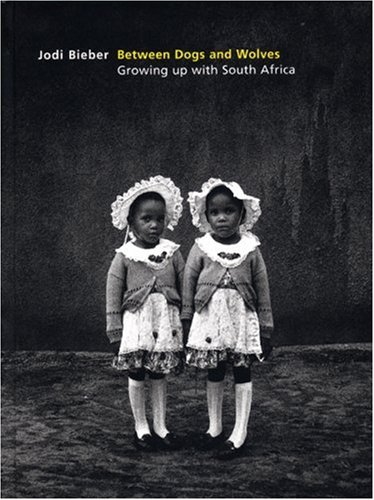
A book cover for Between Dogs and Wolves: Growing up with South Africa; Travel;